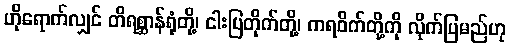
ဟိုရောက်လျှင် တိရစ္ဆာန်ရုံတို့၊ ငါးပြတိုက်တို့၊ ကရဝိက်တို့ကို လိုက်ပြမည်ဟု